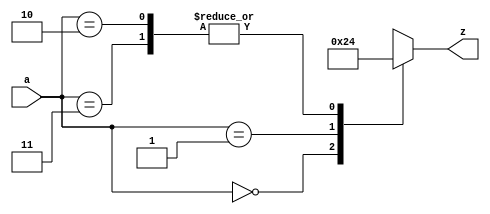
`timescale 1ns / 1ps
//////////////////////////////////////////////////////////////////////////////////
// Company: 
// Engineer: 
// 
// Design Name: 
// Module Name:    leading_one_detect 
// Project Name: 
// Target Devices: 
// Tool versions: 
// Description: 
//
// Dependencies: 
//
// Revision: 
// Revision 0.01 - File Created
// Additional Comments: 
//
//////////////////////////////////////////////////////////////////////////////////

module clz2(
	input[1:0] a,
	output reg[1:0] z
	);
	always @(a) begin
		case(a) 
			2'b00:
				begin
					z = 2'd2;
				end
			2'b01:
				begin
					z = 2'd1;
				end
			2'b10, 2'b11:
				begin
					z = 2'd0;
				end
		endcase
	end
endmodule

module clz4(
	input[3:0] a,
	output wire[5:0] z
	);
	wire[1:0] zl;
	wire[1:0] zh;
	clz2 clz2_low(.a(a[1:0]), .z(zl));
	clz2 clz2_high(.a(a[3:2]), .z(zh));
	
	assign z = (zh==2'd2) ? zl+zh : zh;
endmodule

module clz8(
	input[7:0] a,
	output wire[5:0] z
	);
	wire[5:0] zl;
	wire[5:0] zh;
	clz4 clz4_low(.a(a[3:0]), .z(zl));
	clz4 clz4_high(.a(a[7:4]), .z(zh));
	
	assign z = (zh==6'd4) ? zl+zh : zh;
endmodule

module clz16(
	input[15:0] a,
	output wire[5:0] z
	);
	wire[5:0] zl;
	wire[5:0] zh;
	clz8 clz8_low(.a(a[7:0]), .z(zl));
	clz8 clz8_high(.a(a[15:8]), .z(zh));
	
	assign z = (zh==6'd8) ? zl+zh : zh;
endmodule

module clz32(
	input[31:0] a,
	output wire[5:0] z
	);
	wire[5:0] zl;
	wire[5:0] zh;
	clz16 clz16_low(.a(a[15:0]), .z(zl));
	clz16 clz16_high(.a(a[31:16]), .z(zh));
	
	assign z = (zh==6'd16) ? zl+zh : zh;
endmodule